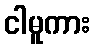
ငါမူကား